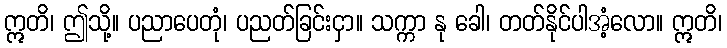
ဣတိ၊ ဤသို့။ ပညာပေတုံ၊ ပညတ်ခြင်းငှာ။ သက္ကာ နု ခေါ၊ တတ်နိုင်ပါအံ့လော။ ဣတိ၊